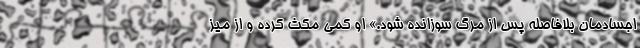
اجسادمان بلافاصله پس از مرگ سوزانده شود.» او کمی مکث کرده و از میز